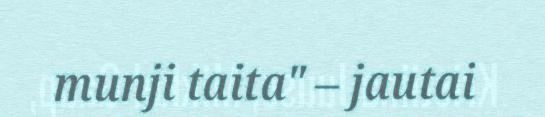
munji taita" – jautai